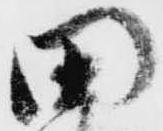
田